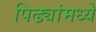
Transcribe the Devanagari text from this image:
पिढ्यांमध्ये